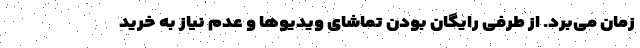
زمان می‌برد. از طرفی رایگان بودن تماشای ویدیوها و عدم نیاز به خرید